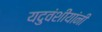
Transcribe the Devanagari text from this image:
यदुवंशीयांनी